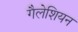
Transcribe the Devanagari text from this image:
गैलेशियन